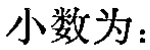
小数为：